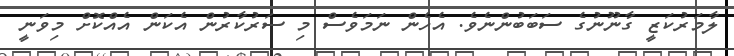
ލާމަރުކަޒީ ގާނޫނުގެ ސަބަބުންނެވެ. އެހެން ނަމަވެސް މި ސަރުކާރުން އެކަން އެއްކޮށް މިވަނީ